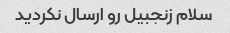
سلام زنجبیل رو ارسال نکردید